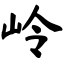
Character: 岭